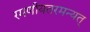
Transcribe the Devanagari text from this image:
रमणीयतरमन्यत्